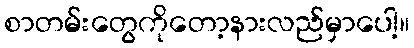
စာတမ်းတွေကိုတော့နားလည်မှာပေါ့။